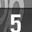
Digit: 5